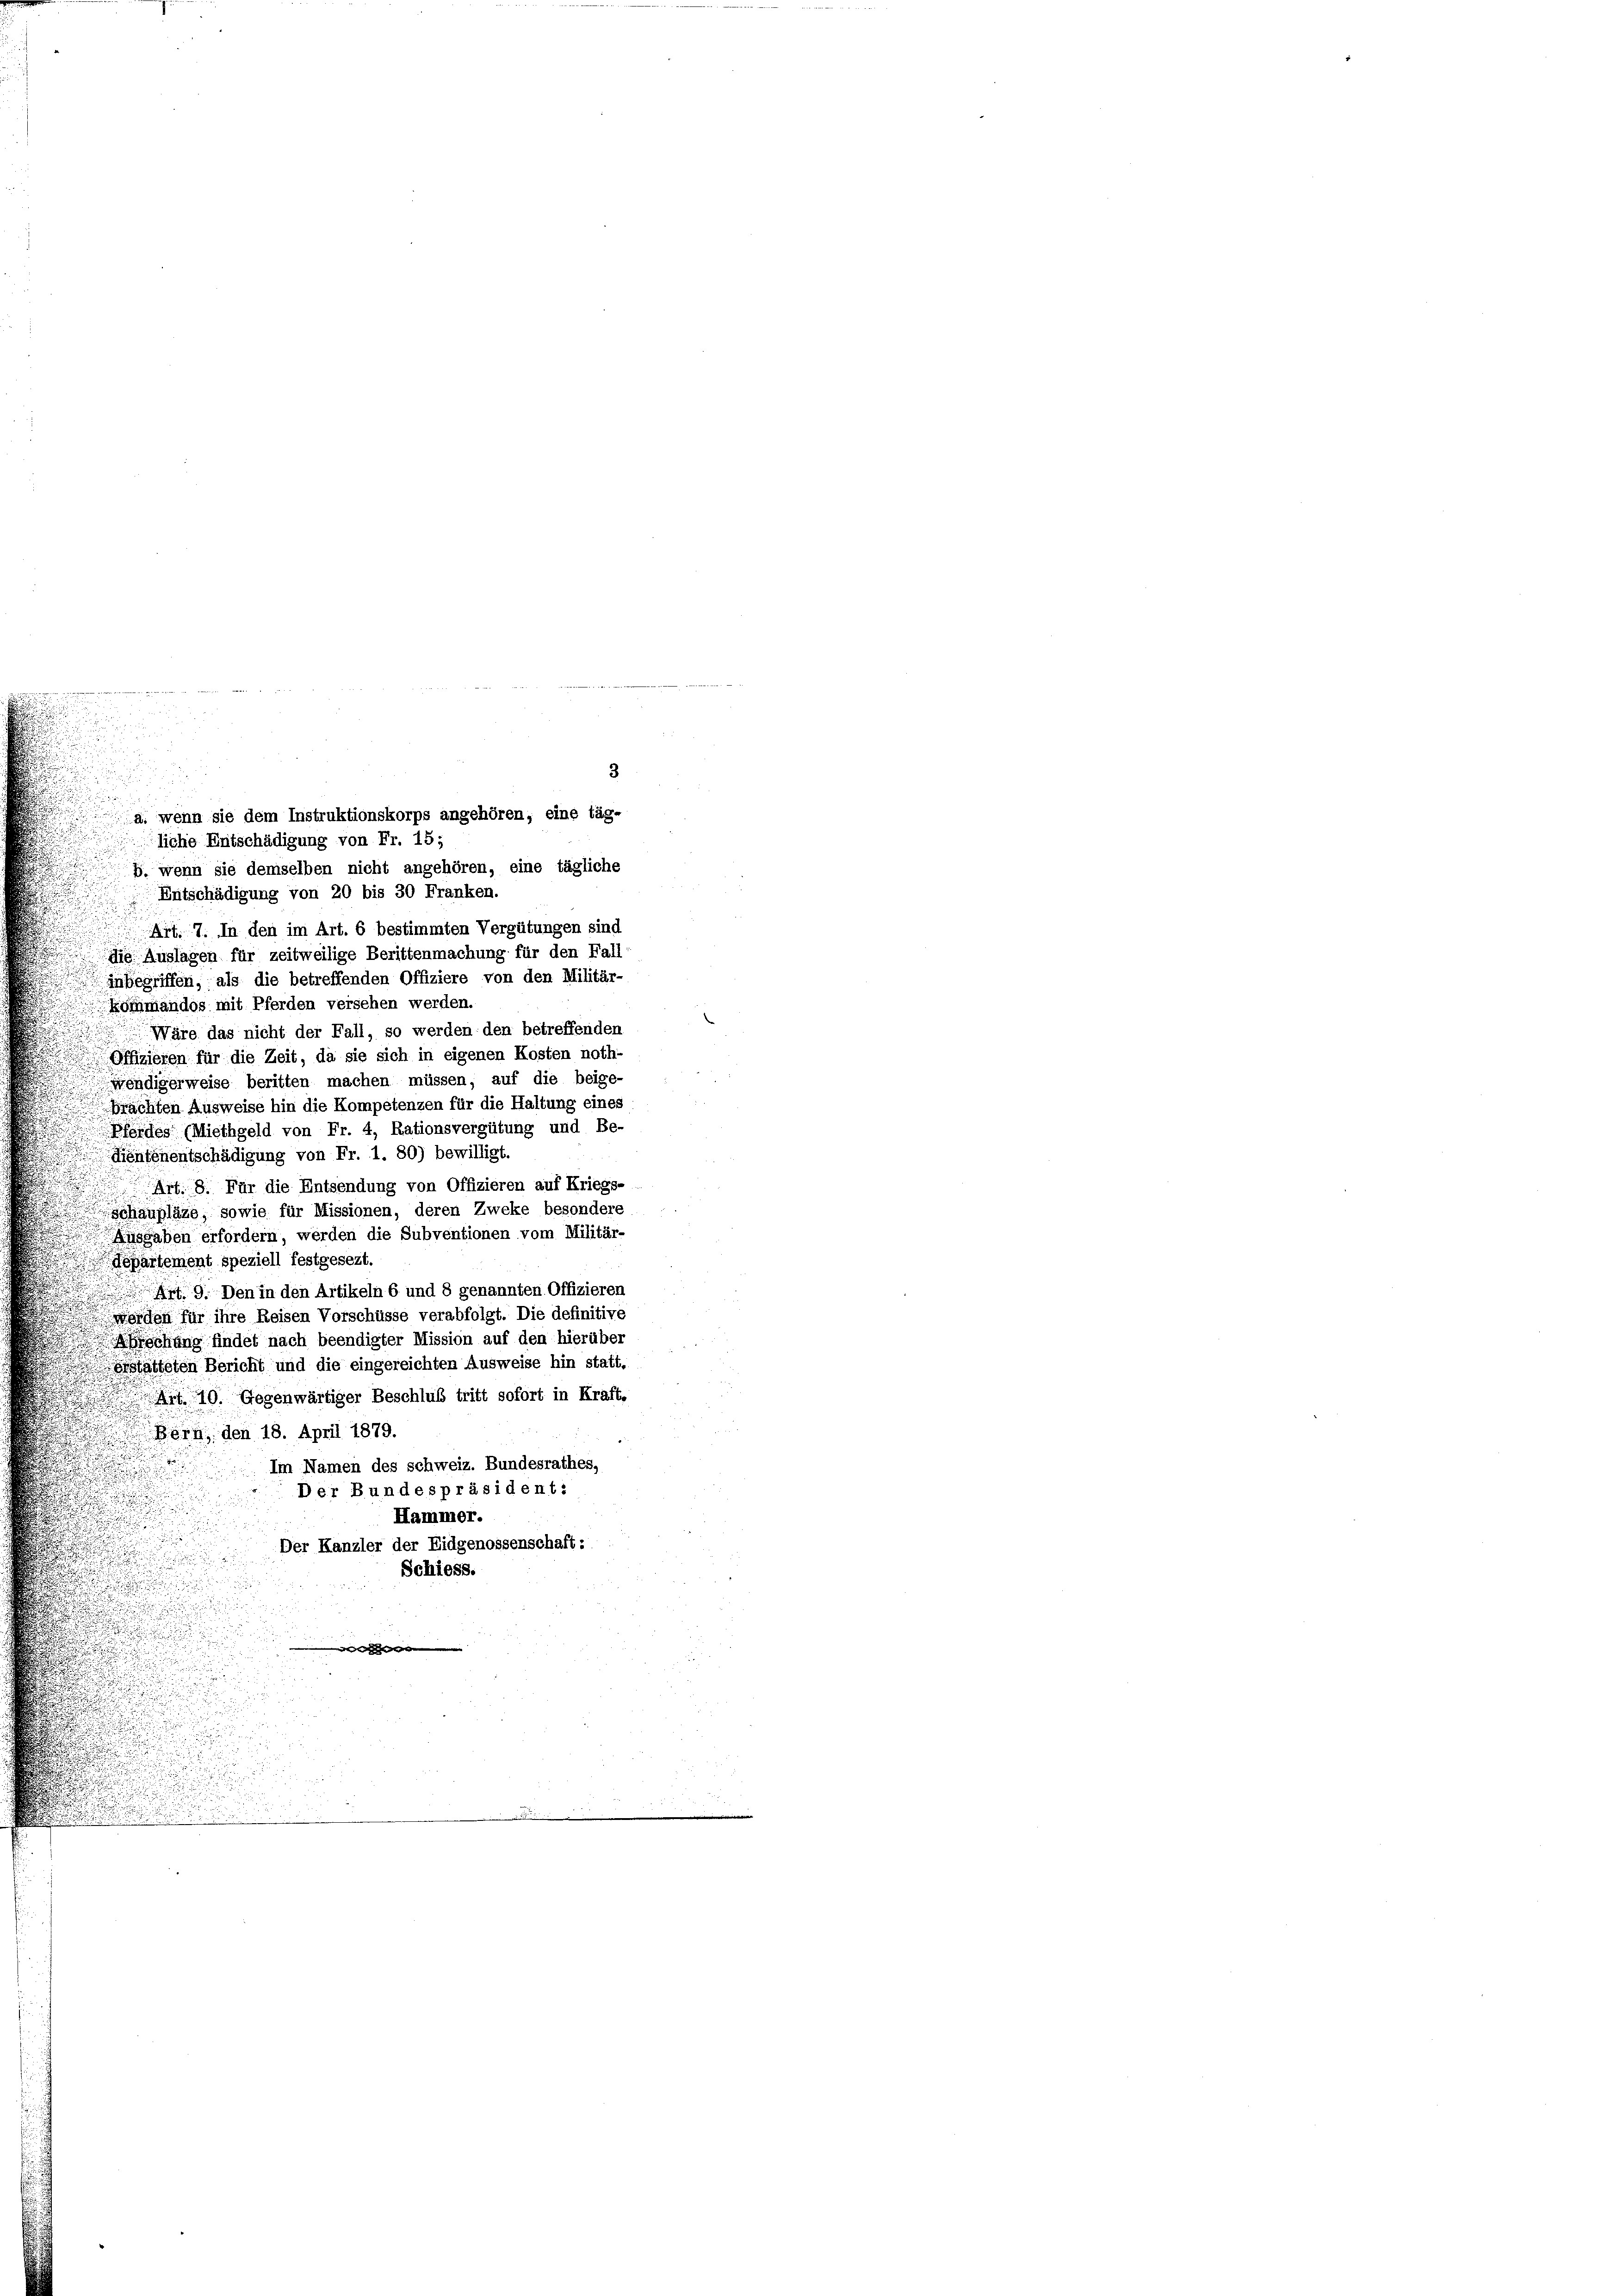
3
p, wenn sie demselben nicht angehören, eine tägliche
Entschädigung von 20 bis 30 Franken.
Art. 7. In den im Art. 6 bestimmten Vergütungen sind
 die Auslagen für zeitweilige Berittenmachung für den Fall
inbegriffen, als die betreffenden Offiziere von den Militär-
Kommandos mit Pferden versehen werden.
Wäre das nicht der Fall, so werden den betreffenden
.
 Offizieren für die Zeit, da sie sich in eigenen Kosten noth-
endigerweise beritten machen müssen, auf die beige-
chten Ausweise hin die Kompetenzen für die Haltung eines
Pferde (Miethgeld von Fr. 4, Rationsvergütung und Be-
.
Köpfenentschädigung von Fr. 1. 80) bewilligt.
.
Art. 8. Für die Entsendung von Offizieren auf Kriegs-
schaupläte, sowie für Missionen, deren Zweke besondere
Ausgaben erfordern, werden die Subventionen vom Militär-
Departement speziell festgesezt.
Am 9. Den in den Artikeln 6 und 8 genannten Offizieren

werden für ihre Reisen Vorschüsse verabfolgt. Die definitive

röchung findet nach beendigter Mission auf den hierüber
statteten Bericht und die eingereichten Ausweise hin statt.

 Art. 10. Gegenwärtiger Beschluß tritt sofort in Kraft,
Bern den 18. April 1879.
Im Namen des schweiz. Bundesrathes,
Der Bundespräsident:
Hammer.
Der Kanzler der Eidgenossenschaft:
Schiess.
e

d

a. wenn sie dem Instruktionskorps angehören, eine tägliche Entschädigung von Fr. 15;